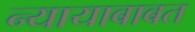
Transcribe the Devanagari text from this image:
न्यायाबाबत